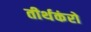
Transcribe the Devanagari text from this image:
तीर्थकंरो